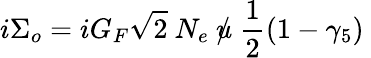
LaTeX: i\Sigma_{o}=iG_{\scriptstyle F}\sqrt{2}~N_{e}~\rlap/u~\frac{1}{2}(1-\gamma_{5})~